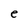
Character: e